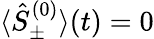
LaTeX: {\langle\hat{S}_{\pm}^{(0)}\rangle(t)=0}